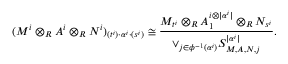
( M ^ { i } \otimes _ { R } A ^ { i } \otimes _ { R } N ^ { i } ) _ { ( t ^ { i } ) \cdot \alpha ^ { i } \cdot ( s ^ { i } ) } \cong \frac { M _ { t ^ { i } } \otimes _ { R } A _ { 1 } ^ { i \otimes | \alpha ^ { i } | } \otimes _ { R } N _ { s ^ { i } } } { \vee _ { j \in \phi ^ { - 1 } ( \alpha ^ { i } ) } S _ { M , A , N , j } ^ { | \alpha ^ { i } | } } .